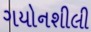
ગયોનશીલી